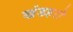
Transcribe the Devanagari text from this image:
खंडहरो